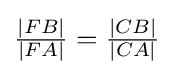
{\tfrac {|FB|}{|FA|}}={\tfrac {|CB|}{|CA|}}